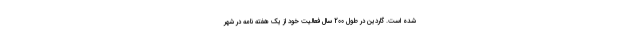
شده است. گاردین در طول 200 سال فعالیت خود از یک هفته نامه در شهر